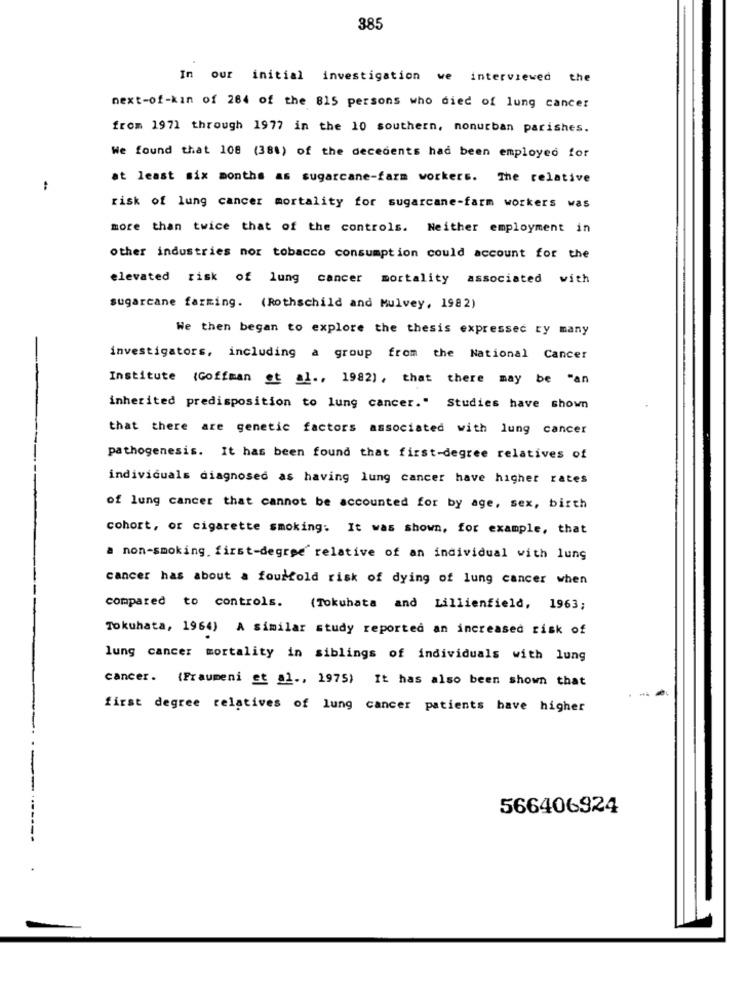
385
In our initial investigation we interviewed the
next-of-kin of 264 of the 815 persons who died of lung cancer
from 1971 through 1977 in the 10 southern, nonurban parishes.
We found that 108 (388) of the decedents had been employed for
at least six months as sugarcane-farm workers. The relative
risk of lung cancer mortality for sugarcane-farm workers was
more than twice that of the controls. Neither employment in
other industries nor tobacco consumption could account for the
elevated risk of lung cancer mortality associated with
sugarcane farming. (Rothschild and Mulvey, 1982)
We then began to explore the thesis expressed ry many
investigators, including a group from the National Cancer
Institute (Goffman et al ., 1982), that there may be "an
inherited predisposition to lung cancer." Studies have shown
that there are genetic factors associated with lung cancer
pathogenesis. It has been found that first-degree relatives of
individuals diagnosed as having lung cancer have higher rates
of lung cancer that cannot be accounted for by age, sex, birth
cohort, or cigarette smoking. It was shown, for example, that
a non-smoking. first-degree' relative of an individual with lung
cancer has about a fourfold risk of dying of lung cancer when
compared to controls.
(Tokuhata and Lillienfield, 1963;
Tokuhata, 1964) A similar study reported an increased risk of
lung cancer mortality in siblings of individuals with lung
cancer. (Fraumeni et 01, 1975) It has also been shown that
first degree relatives of lung cancer patients have higher
566406924